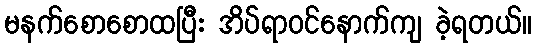
မနက်စောစောထပြီး အိပ်ရာဝင်နောက်ကျ ခဲ့ရတယ်။